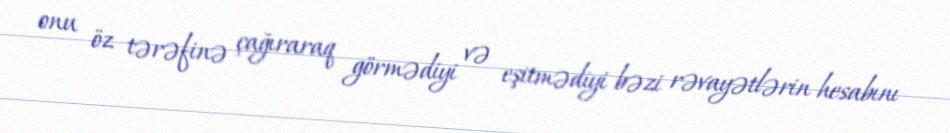
onu öz tərəfinə çağıraraq görmədiyi və eşitmədiyi bəzi rəvayətlərin hesabını